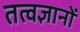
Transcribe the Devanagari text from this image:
तत्वज्ञानों